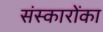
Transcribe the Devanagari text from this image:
संस्कारोंका